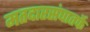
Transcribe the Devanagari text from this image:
मतदारसंघातर्फे